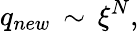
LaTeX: q_{new}\, \sim\, \xi^{N},